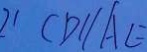
2 1 C D / / A E